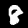
Digit: 8